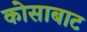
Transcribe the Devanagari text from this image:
कोसाबाट